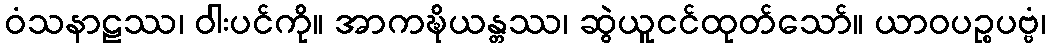
ဝံသနာဠဿ၊ ဝါးပင်ကို။ အာကဍ္ဎိယန္တဿ၊ ဆွဲယူငင်ထုတ်သော်။ ယာဝပဉ္စပဗ္ဗံ၊